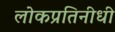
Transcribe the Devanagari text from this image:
लोकप्रतिनीधी